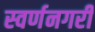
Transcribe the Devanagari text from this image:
स्‍वर्णनगरी